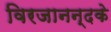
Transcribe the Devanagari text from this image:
विरजानन्दके